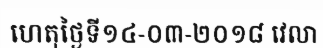
ហេតុថ្ងៃទី១៤-០៣-២០១៨ វេលា